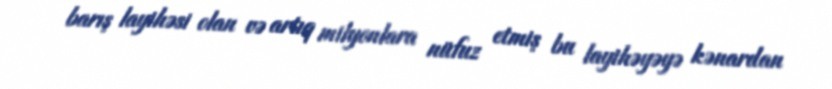
barış layihəsi olan və artıq milyonlara nüfuz etmiş bu layihəyəyə kənardan